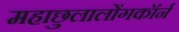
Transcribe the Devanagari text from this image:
महाछुलालोंगकॉर्न